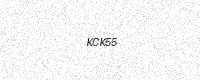
Text: KCK55